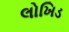
લોખિડ